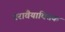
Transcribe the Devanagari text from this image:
परावैयाक्तिक